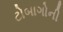
ટોબાગોની